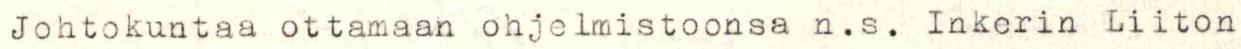
Johtokuntaa ottamaan ohjelmistoonsa n.s. Inkerin Liiton